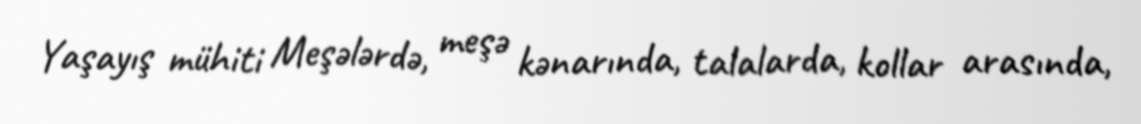
Yaşayış mühiti Meşələrdə, meşə kənarında, talalarda, kollar arasında,